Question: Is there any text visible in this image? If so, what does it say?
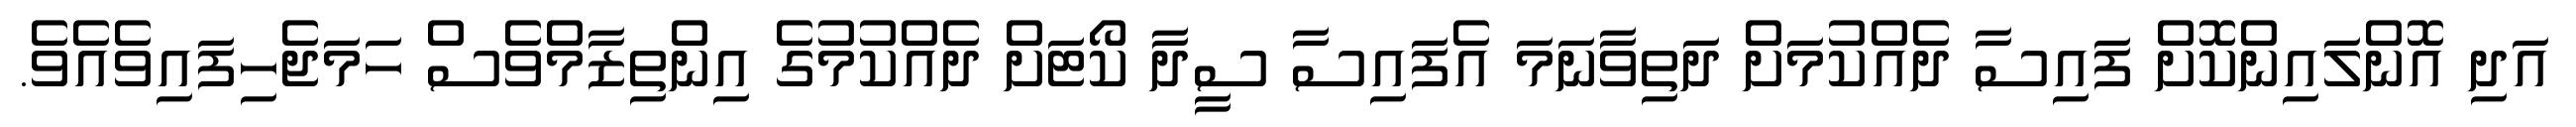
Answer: އަދި އޮންލައިންކޮށް ފައިސާ ދެއްކުމަށް ދަތިވާނަމަ އެފައިސާ ސީދާ ކޯޓަށް ދެއްކުމުގެ އިންތިޒާމްވެސް ހަމަޖެހިފައިވެއެވެ.